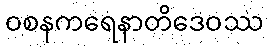
ဝစနကရေနာတိဒေဝဿ